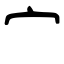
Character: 宀